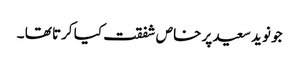
جو نوید سعید پر خاص شفقت کیا کرتا تھا ۔